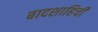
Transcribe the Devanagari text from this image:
बादशाहिची